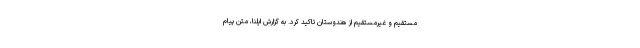
مستقیم و غیرمستقیم از هندوستان تاکید کرد. به گزارش ایلنا، متن پیام